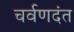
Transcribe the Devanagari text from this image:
चर्वणदंत